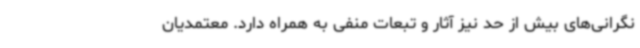
نگرانی‌های بیش از حد نیز آثار و تبعات منفی به همراه دارد. معتمدیان